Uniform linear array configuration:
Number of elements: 12
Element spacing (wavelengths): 1
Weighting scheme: hann
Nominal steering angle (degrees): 0
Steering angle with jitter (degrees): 0.5204
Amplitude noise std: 0.05
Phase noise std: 0.05

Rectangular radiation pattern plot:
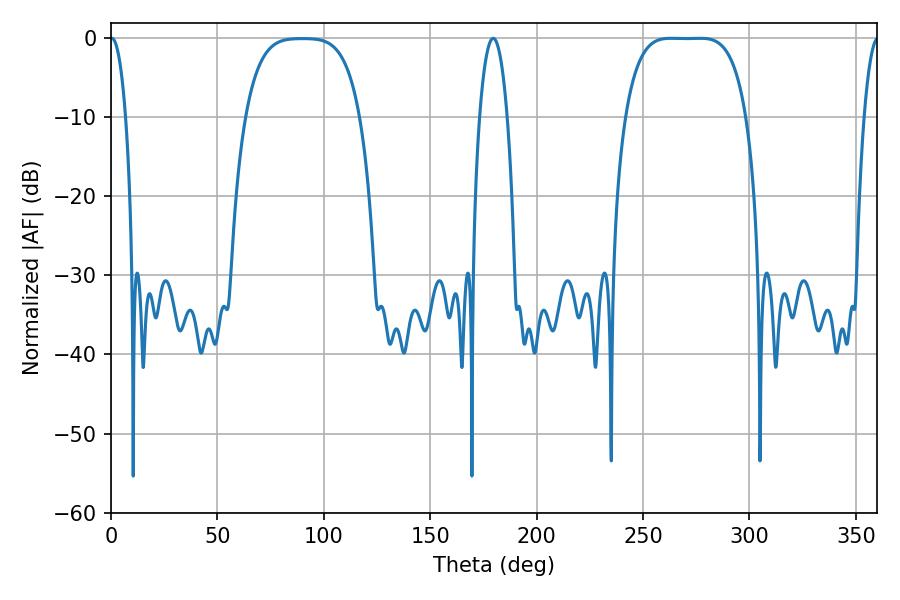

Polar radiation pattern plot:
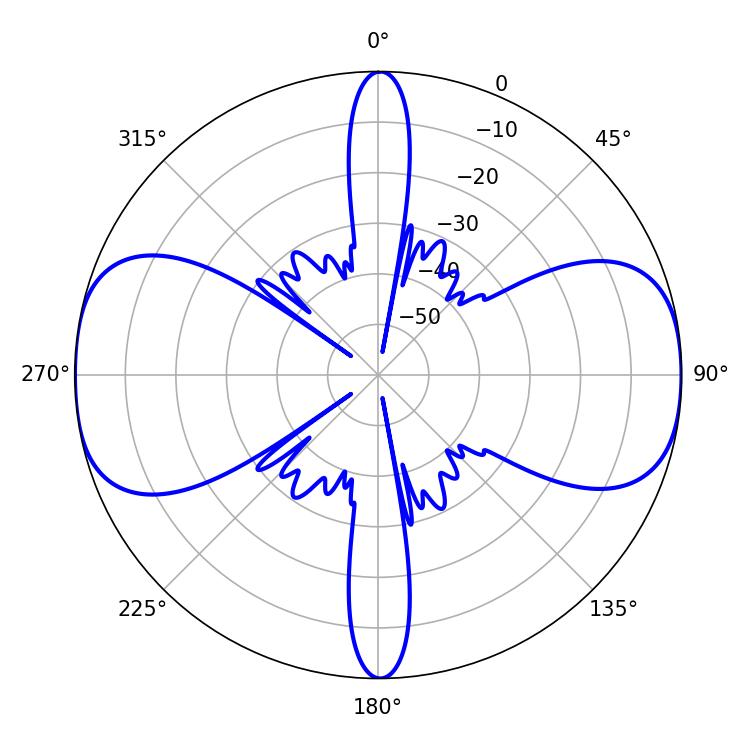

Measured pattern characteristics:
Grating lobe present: TRUE
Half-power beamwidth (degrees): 43.56
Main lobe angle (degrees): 263.16